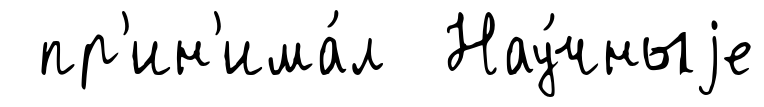
пр'ин'има́л Нау́чныjе